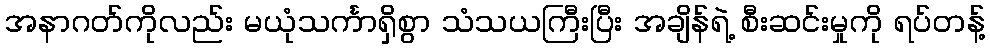
အနာဂတ်ကိုလည်း မယုံသင်္ကာရှိစွာ သံသယကြီးပြီး အချိန်ရဲ့ စီးဆင်းမှုကို ရပ်တန့်